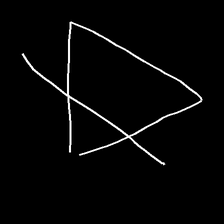
Glyph: empower